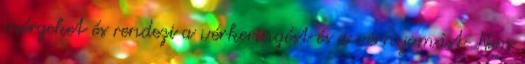
mérgeket és rendezi a vérkeringést és a vérnyomást. Nem